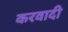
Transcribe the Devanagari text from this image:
करवादी